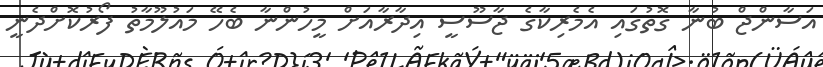
އަސާންޖް ބުނާ ގޮތުގައި އެމެރިކާގެ ޖާސޫސީ އިދާރާއަށް މީހުންނާ ބެހޭ މައުލޫމާތު ފޯރުކޮށްދެނީ